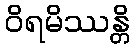
ဝိရမိဿန္တိ